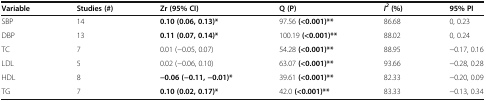
<table><thead><tr><td><b>Variable</b></td><td><b>Studies (#)</b></td><td><b>Zr (95% CI)</b></td><td><b>Q (P)</b></td><td><b><i>I</i><sup><i>2</i></sup>(%)</b></td><td><b>95% PI</b></td></tr></thead><tbody><tr><td>SBP</td><td>14</td><td><b>0.10 (0.06, 0.13)*</b></td><td>97.56 <b>(&lt;0.001)**</b></td><td>86.68</td><td>0, 0.23</td></tr><tr><td>DBP</td><td>13</td><td><b>0.11 (0.07, 0.14)*</b></td><td>100.19 <b>(&lt;0.001)**</b></td><td>88.02</td><td>0, 0.24</td></tr><tr><td>TC</td><td>7</td><td>0.01 (−0.05, 0.07)</td><td>54.28 <b>(&lt;0.001)**</b></td><td>88.95</td><td>−0.17, 0.16</td></tr><tr><td>LDL</td><td>5</td><td>0.02 (−0.06, 0.10)</td><td>63.07 <b>(&lt;0.001)**</b></td><td>93.66</td><td>−0.28, 0.28</td></tr><tr><td>HDL</td><td>8</td><td><b>−0.06 (−0.11, −0.01)*</b></td><td>39.61 <b>(&lt;0.001)**</b></td><td>82.33</td><td>−0.20, 0.09</td></tr><tr><td>TG</td><td>7</td><td><b>0.10 (0.02, 0.17)*</b></td><td>42.0 <b>(&lt;0.001)**</b></td><td>83.33</td><td>−0.13, 0.34</td></tr></tbody></table>